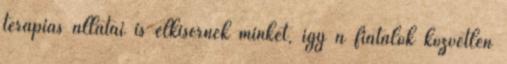
terápiás állatai is elkísérnek minket, így a fiatalok közvetlen